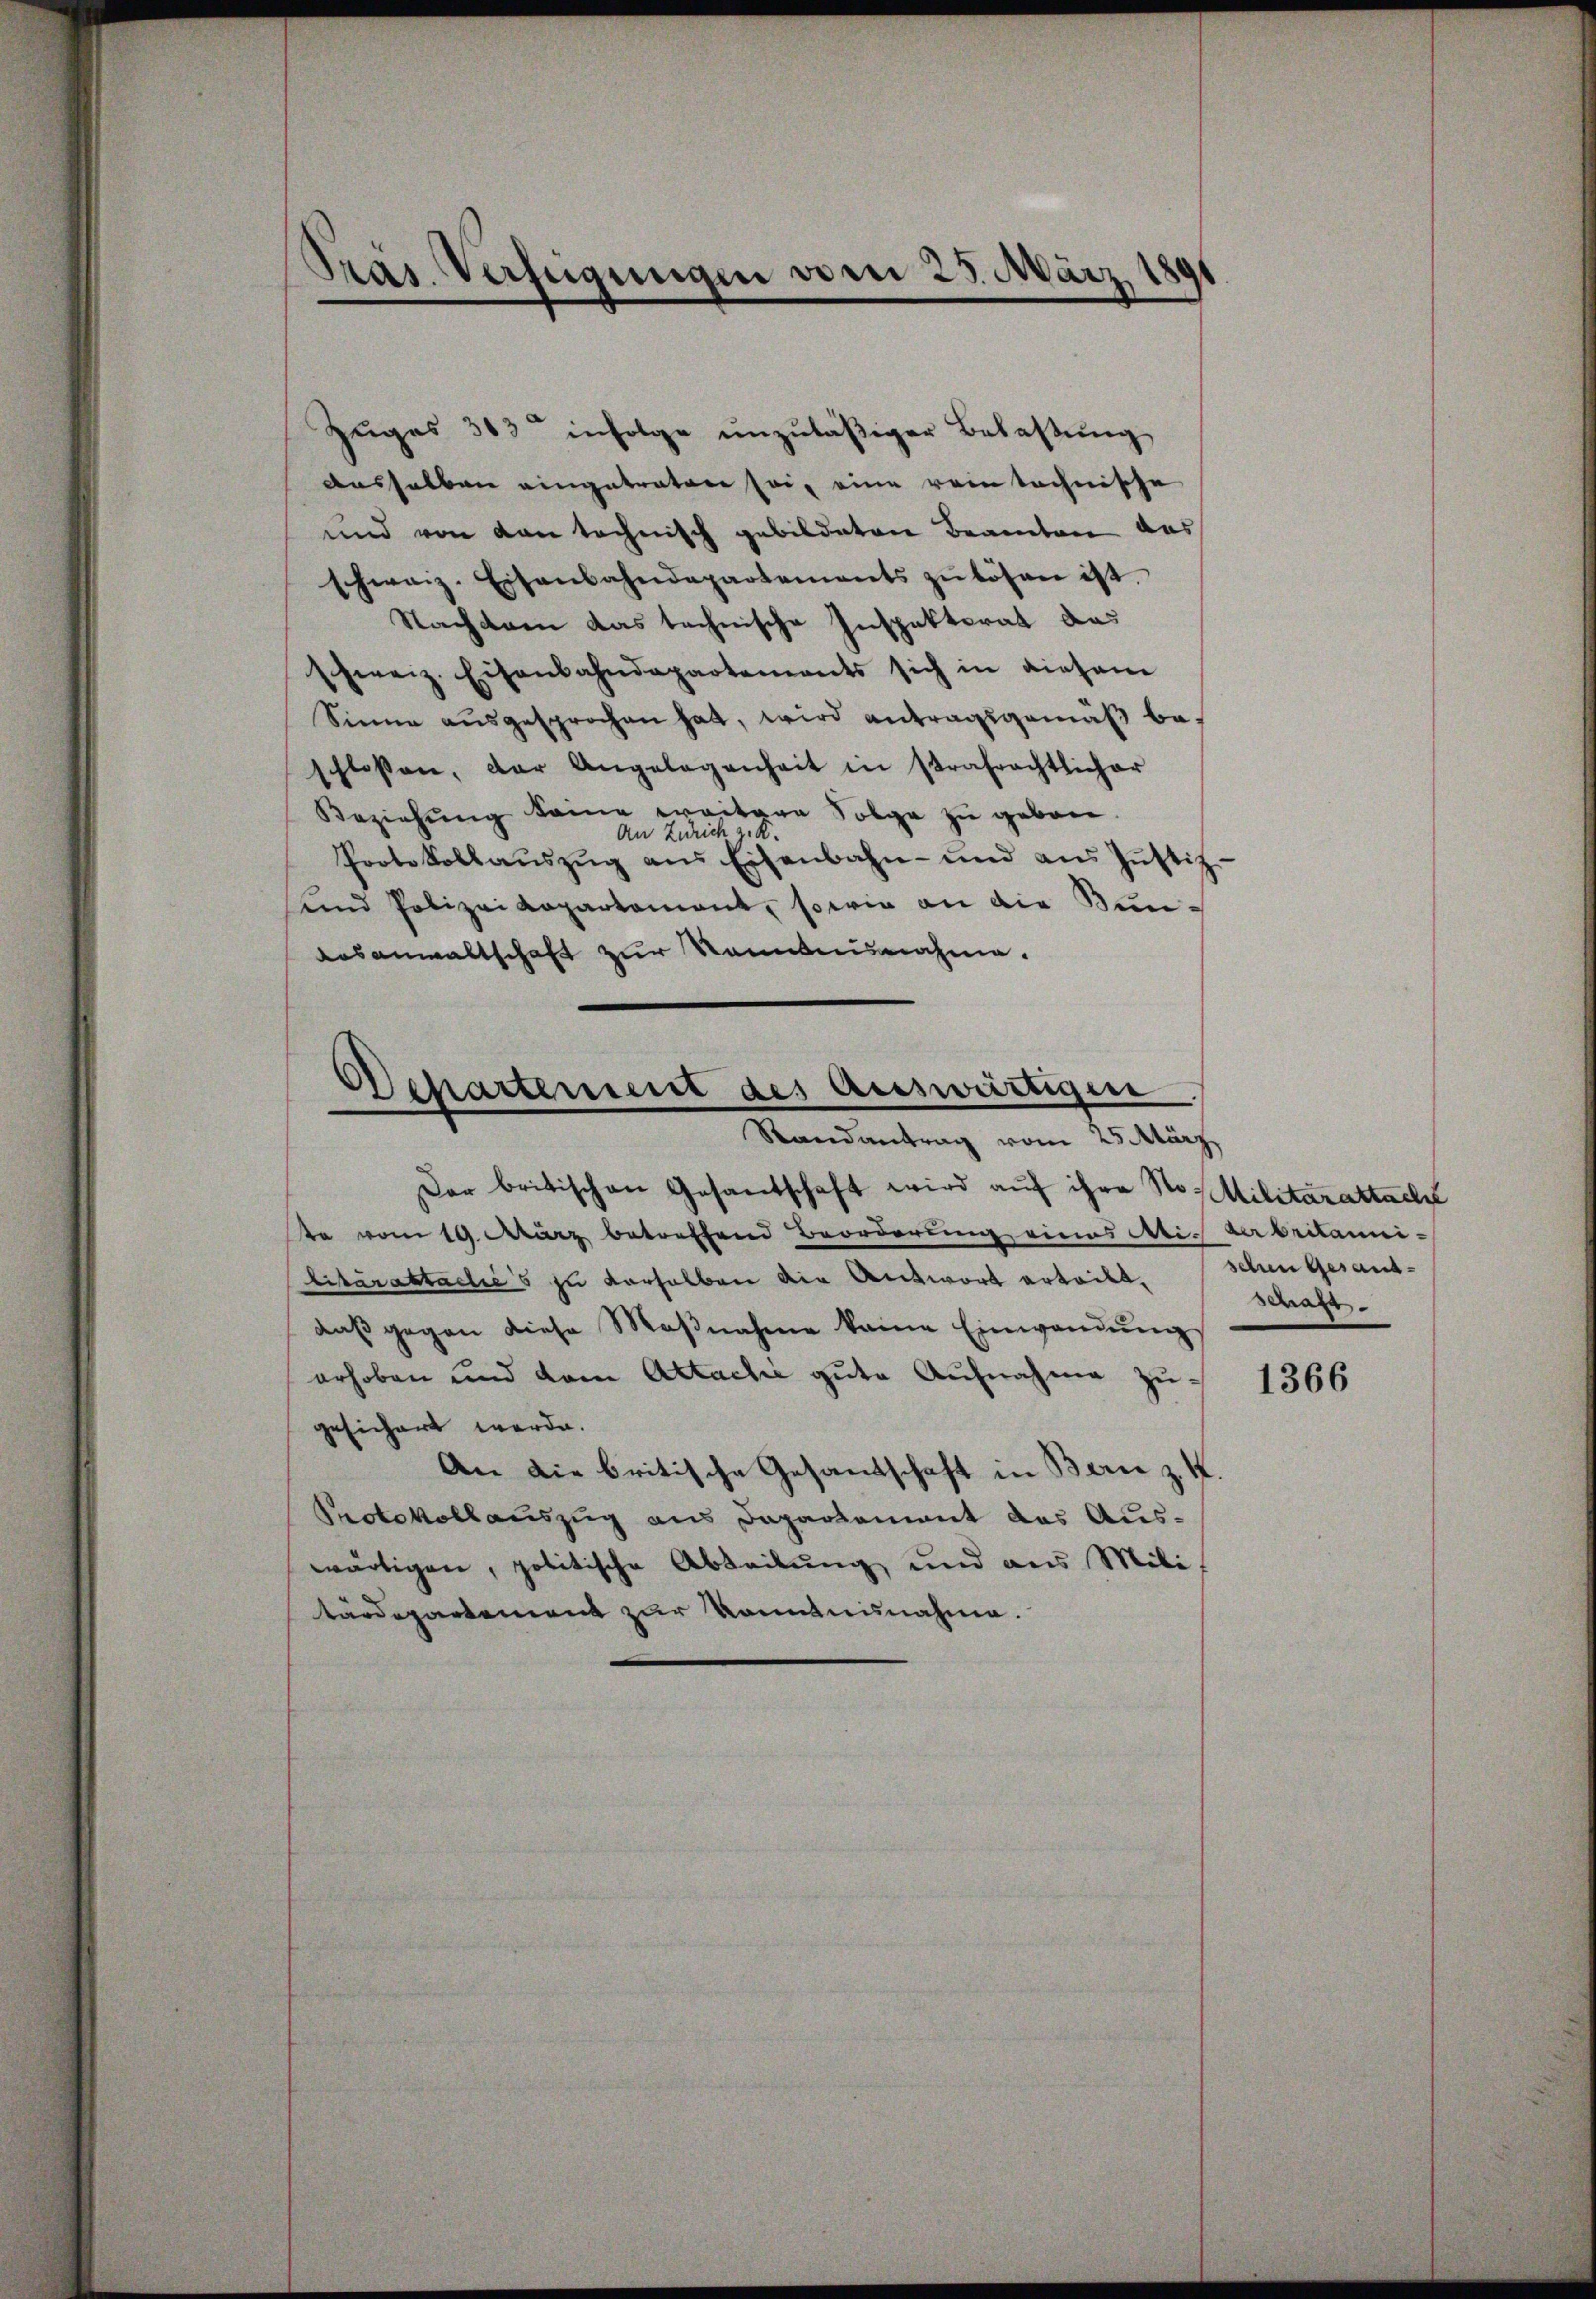
Zuges 303 infolge unzuläßiger Belassung
dasselben eingetraten sei, eine rein technische
und von den technisch gebildeten Beamten das
schweiz. Eisenbahndepartements zŭ lösen ist.
Nachdenen das technische Inspektorat das
schweiz. Eisenbahndepartements sich in diesem
Sinne ausgesprochen hat, wird antragsgemäß beschlossen, der Angelegenheit in strafrechtlicher
Beziehung keine weitere Folge zu geben.
An Zürich z. K.
Protokollaŭszŭg ans Eisenbahn- und ans Jŭstis
und Polizeikapartement, sowie an die Bunausanwaltschaft zur Kenntnisnahme.
Departement des auswärtigen

.
Pras. Verfügungen vom 23. März 189

Randantrag vom 25. März
Der britischen Gesantschaft wird aŭf ihre No Militärattach
te vom 19. März betreffend Beorderung eines Abi- der britannilitärattaclić's zu derselben die Antwort erteilt. Schen Gesanddaβ gegen diese Maβnahme keine Einwandŭng
erhoben und dem Attache gute Aufnahme zugesichert werde.
An die britische Gesandschaft in Bern z. K.
Protokollauszug aus Departement das Auswärtigen, politische Abteilung und aus Militärdepartement zur Nominisnahme.

Schaft.

1366